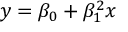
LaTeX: y = \beta _ { 0 } + \beta _ { 1 } ^ { 2 } x